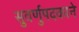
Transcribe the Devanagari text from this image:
सुवर्णुपदकाने